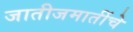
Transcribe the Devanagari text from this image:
जातीजमातींचे